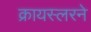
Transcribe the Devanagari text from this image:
क्रायस्लरने